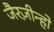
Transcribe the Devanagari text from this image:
जैरज़ीन्हो